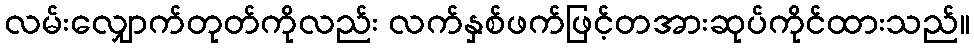
လမ်းလျှောက်တုတ်ကိုလည်း လက်နှစ်ဖက်ဖြင့်တအားဆုပ်ကိုင်ထားသည်။